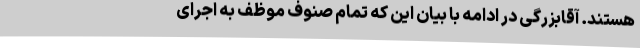
هستند. آقابزرگی در ادامه با بیان این‌ که تمام صنوف موظف به اجرای